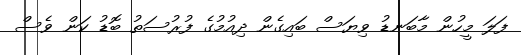
ފަލަ މީހުން މާބަނޑު ވިޔަސް ބައިގެން ދިއުމުގެ ފުރުސަތު ބޮޑު ކަން ވެސް